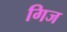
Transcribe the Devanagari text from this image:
गिज